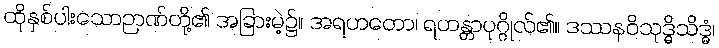
ထိုနှစ်ပါးသောဉာဏ်တို့၏ အခြားမဲ့၌။ အရဟတော၊ ရဟန္တာပုဂ္ဂိုလ်၏။ ဒဿနဝိသုဒ္ဓိသိဒ္ဓံ၊